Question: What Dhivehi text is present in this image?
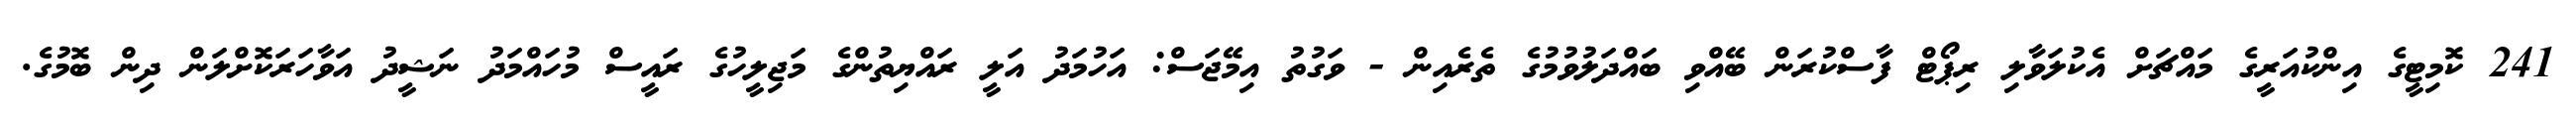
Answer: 241 ކޮމިޓީގެ އިންކުއަރީގެ މައްޗަށް އެކުލަވާލި ރިޕޯޓް ފާސްކުރަން ބޭއްވި ބައްދަލުވުމުގެ ތެރެއިން - ވަގުތު އިމޭޖަސް: އަހުމަދު އަލީ ރައްޔިތުންގެ މަޖިލީހުގެ ރައީސް މުހައްމަދު ނަޝީދު އަވާހަރަކޮށްލަން ދިން ބޮމުގެ.